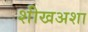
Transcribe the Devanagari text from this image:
शीखअशा